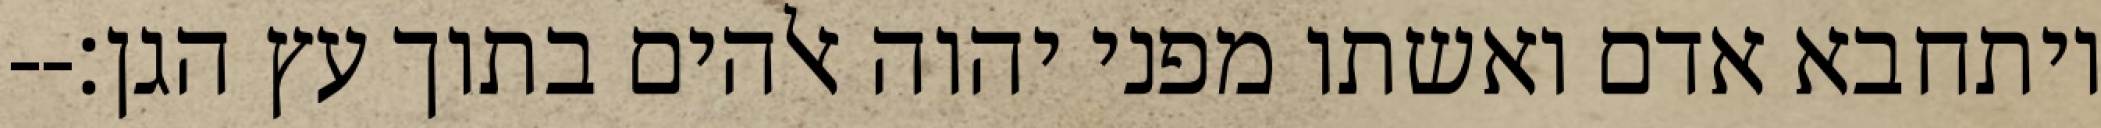
ויתחבא אדם ואשתו מפני יהוה אלהים בתוך עץ הגן׃--